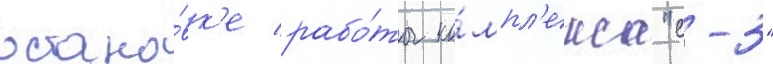
остано́вк'е рабо́ты ко́мпл'екса "с-3"